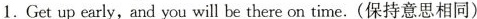
1. Get up early,and you will be there on time.(保持意思相同)